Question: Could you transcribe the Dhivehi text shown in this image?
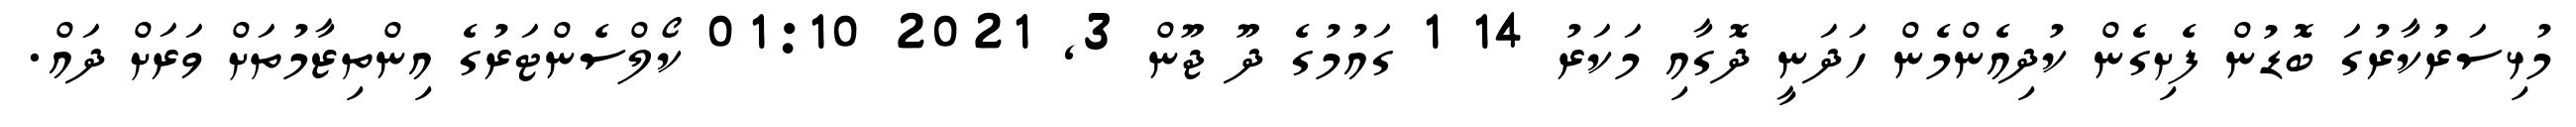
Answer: މުޅިސަރުކާރުގަ ބޮޑުން ފެށިގެން ކުދިއެންމެން ހަދަނީ ދޮގާއި މަކަރު 14 1 ގައުމުގެ ދޫ ޖޫން 3, 2021 01:10 ކޯލްސެންޓަރުގެ އިންތިޒާމުތަށް ވަރަށް ދައް.